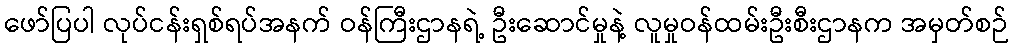
ဖော်ပြပါ လုပ်ငန်းရှစ်ရပ်အနက် ဝန်ကြီးဌာနရဲ့ ဦးဆောင်မှုနဲ့ လူမှုဝန်ထမ်းဦးစီးဌာနက အမှတ်စဉ်